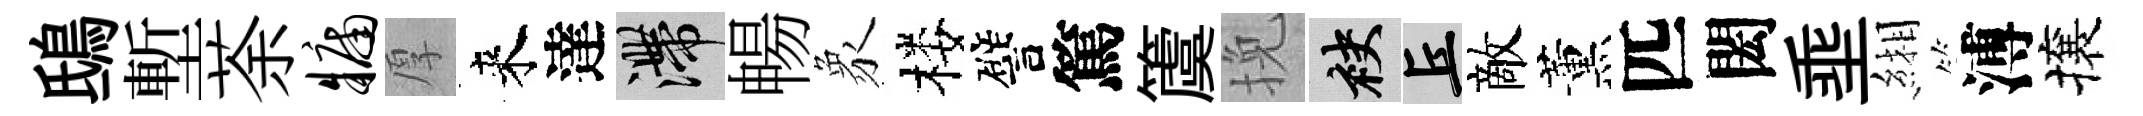
鴟塹荼牖厚来達滯暢象楼譬篤𥵂挽袂丘敵薰匹閎埀緗溥攘